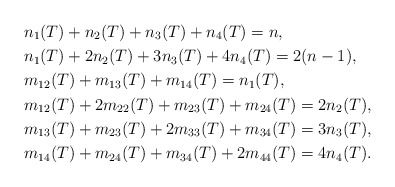
\begin{align*} &n_1(T)+n_2(T)+n_3(T)+n_4(T) = n, \\ &n_1(T)+2n_2(T)+3n_3(T)+4n_4(T) = 2(n-1), \\ &m_{12}(T)+m_{13}(T)+m_{14}(T) = n_1(T), \\ &m_{12}(T)+2m_{22}(T)+m_{23}(T)+m_{24}(T) = 2n_2(T), \\ &m_{13}(T)+m_{23}(T)+2m_{33}(T)+m_{34}(T) = 3n_3(T), \\ &m_{14}(T)+m_{24}(T)+m_{34}(T)+2m_{44}(T) = 4n_4(T). \end{align*}